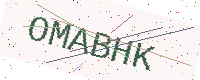
Text: OMABHK